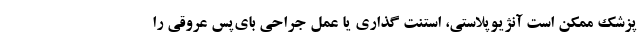
پزشک ممکن است آنژیوپلاستی، استنت گذاری یا عمل جراحی بای‌پس عروقی را